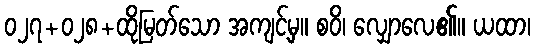
၀၂၇+၀၂၈+ထိုမြတ်သော အကျင့်မှ။ စဝိ၊ လျှောလေ၏။ ယထာ၊